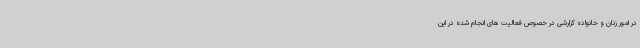
در امور زنان و خانواده گزارشی در خصوص فعالیت های انجام شده در این